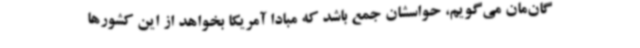
گان‌مان می‌گویم، حواسشان جمع باشد که مبادا آمریکا بخواهد از این کشورها